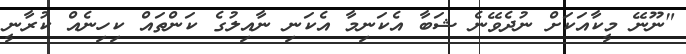
"ނޫނޭ މީކާއަކަށް ނުދެވޭނެ ޝަބާ އެކަނިމާ އެކަނި ނާއިލުގެ ކަންތައް ކިހިނެއް ކުރާނީ